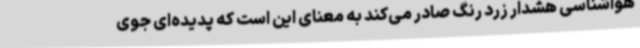
هواشناسی هشدار زرد رنگ صادر می‌کند به معنای این است که پدیده‌ای جوی